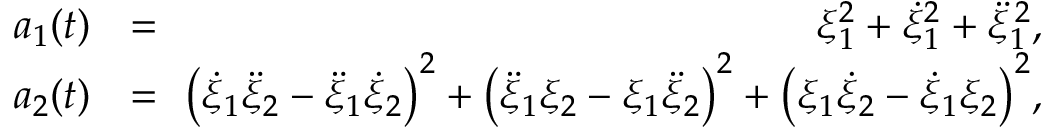
\begin{array} { r l r } { a _ { 1 } ( t ) } & { { } \! \! = \! \! } & { \xi _ { 1 } ^ { 2 } + \dot { \xi } _ { 1 } ^ { 2 } + \ddot { \xi } _ { 1 } ^ { \, 2 } , } \\ { a _ { 2 } ( t ) } & { { } \! \! = \! \! } & { { \big ( \dot { \xi } _ { 1 } \ddot { \xi } _ { 2 } - \ddot { \xi } _ { 1 } \dot { \xi } _ { 2 } \big ) } ^ { 2 } + { \big ( \ddot { \xi } _ { 1 } \xi _ { 2 } - \xi _ { 1 } \ddot { \xi } _ { 2 } \big ) } ^ { 2 } + { \big ( \xi _ { 1 } \dot { \xi } _ { 2 } - \dot { \xi } _ { 1 } \xi _ { 2 } \big ) } ^ { 2 } , } \end{array}